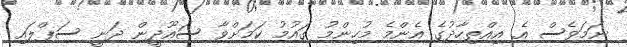
ނަމަވެސް އެ އިއްތިހާދުގެ އެންމެ މުހިންމު ގައުމު ކަމަށްވާ ސައޫދީން ދަނީ ސަޕްލައި